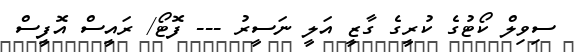
ސިވިލް ކޯޓުގެ ކުރީގެ ގާޒީ އަލީ ނަސީރު --- ފޮޓޯ/ ރައީސް އޮފީސް